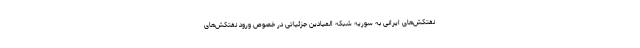
نفتکش‌های ایرانی به سوریه شبکه المیادین جزئیاتی در خصوص ورود نفتکش‌های